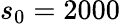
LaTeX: s_{0}=2000